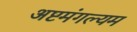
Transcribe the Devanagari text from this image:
अष्टमंगल्यम